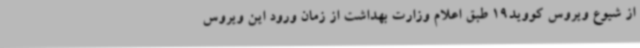
از شیوع ویروس کووید19 طبق اعلام وزارت بهداشت از زمان ورود این ویروس